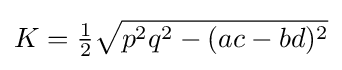
\displaystyle K={\tfrac {1}{2}}{\sqrt {p^{2}q^{2}-(ac-bd)^{2}}}